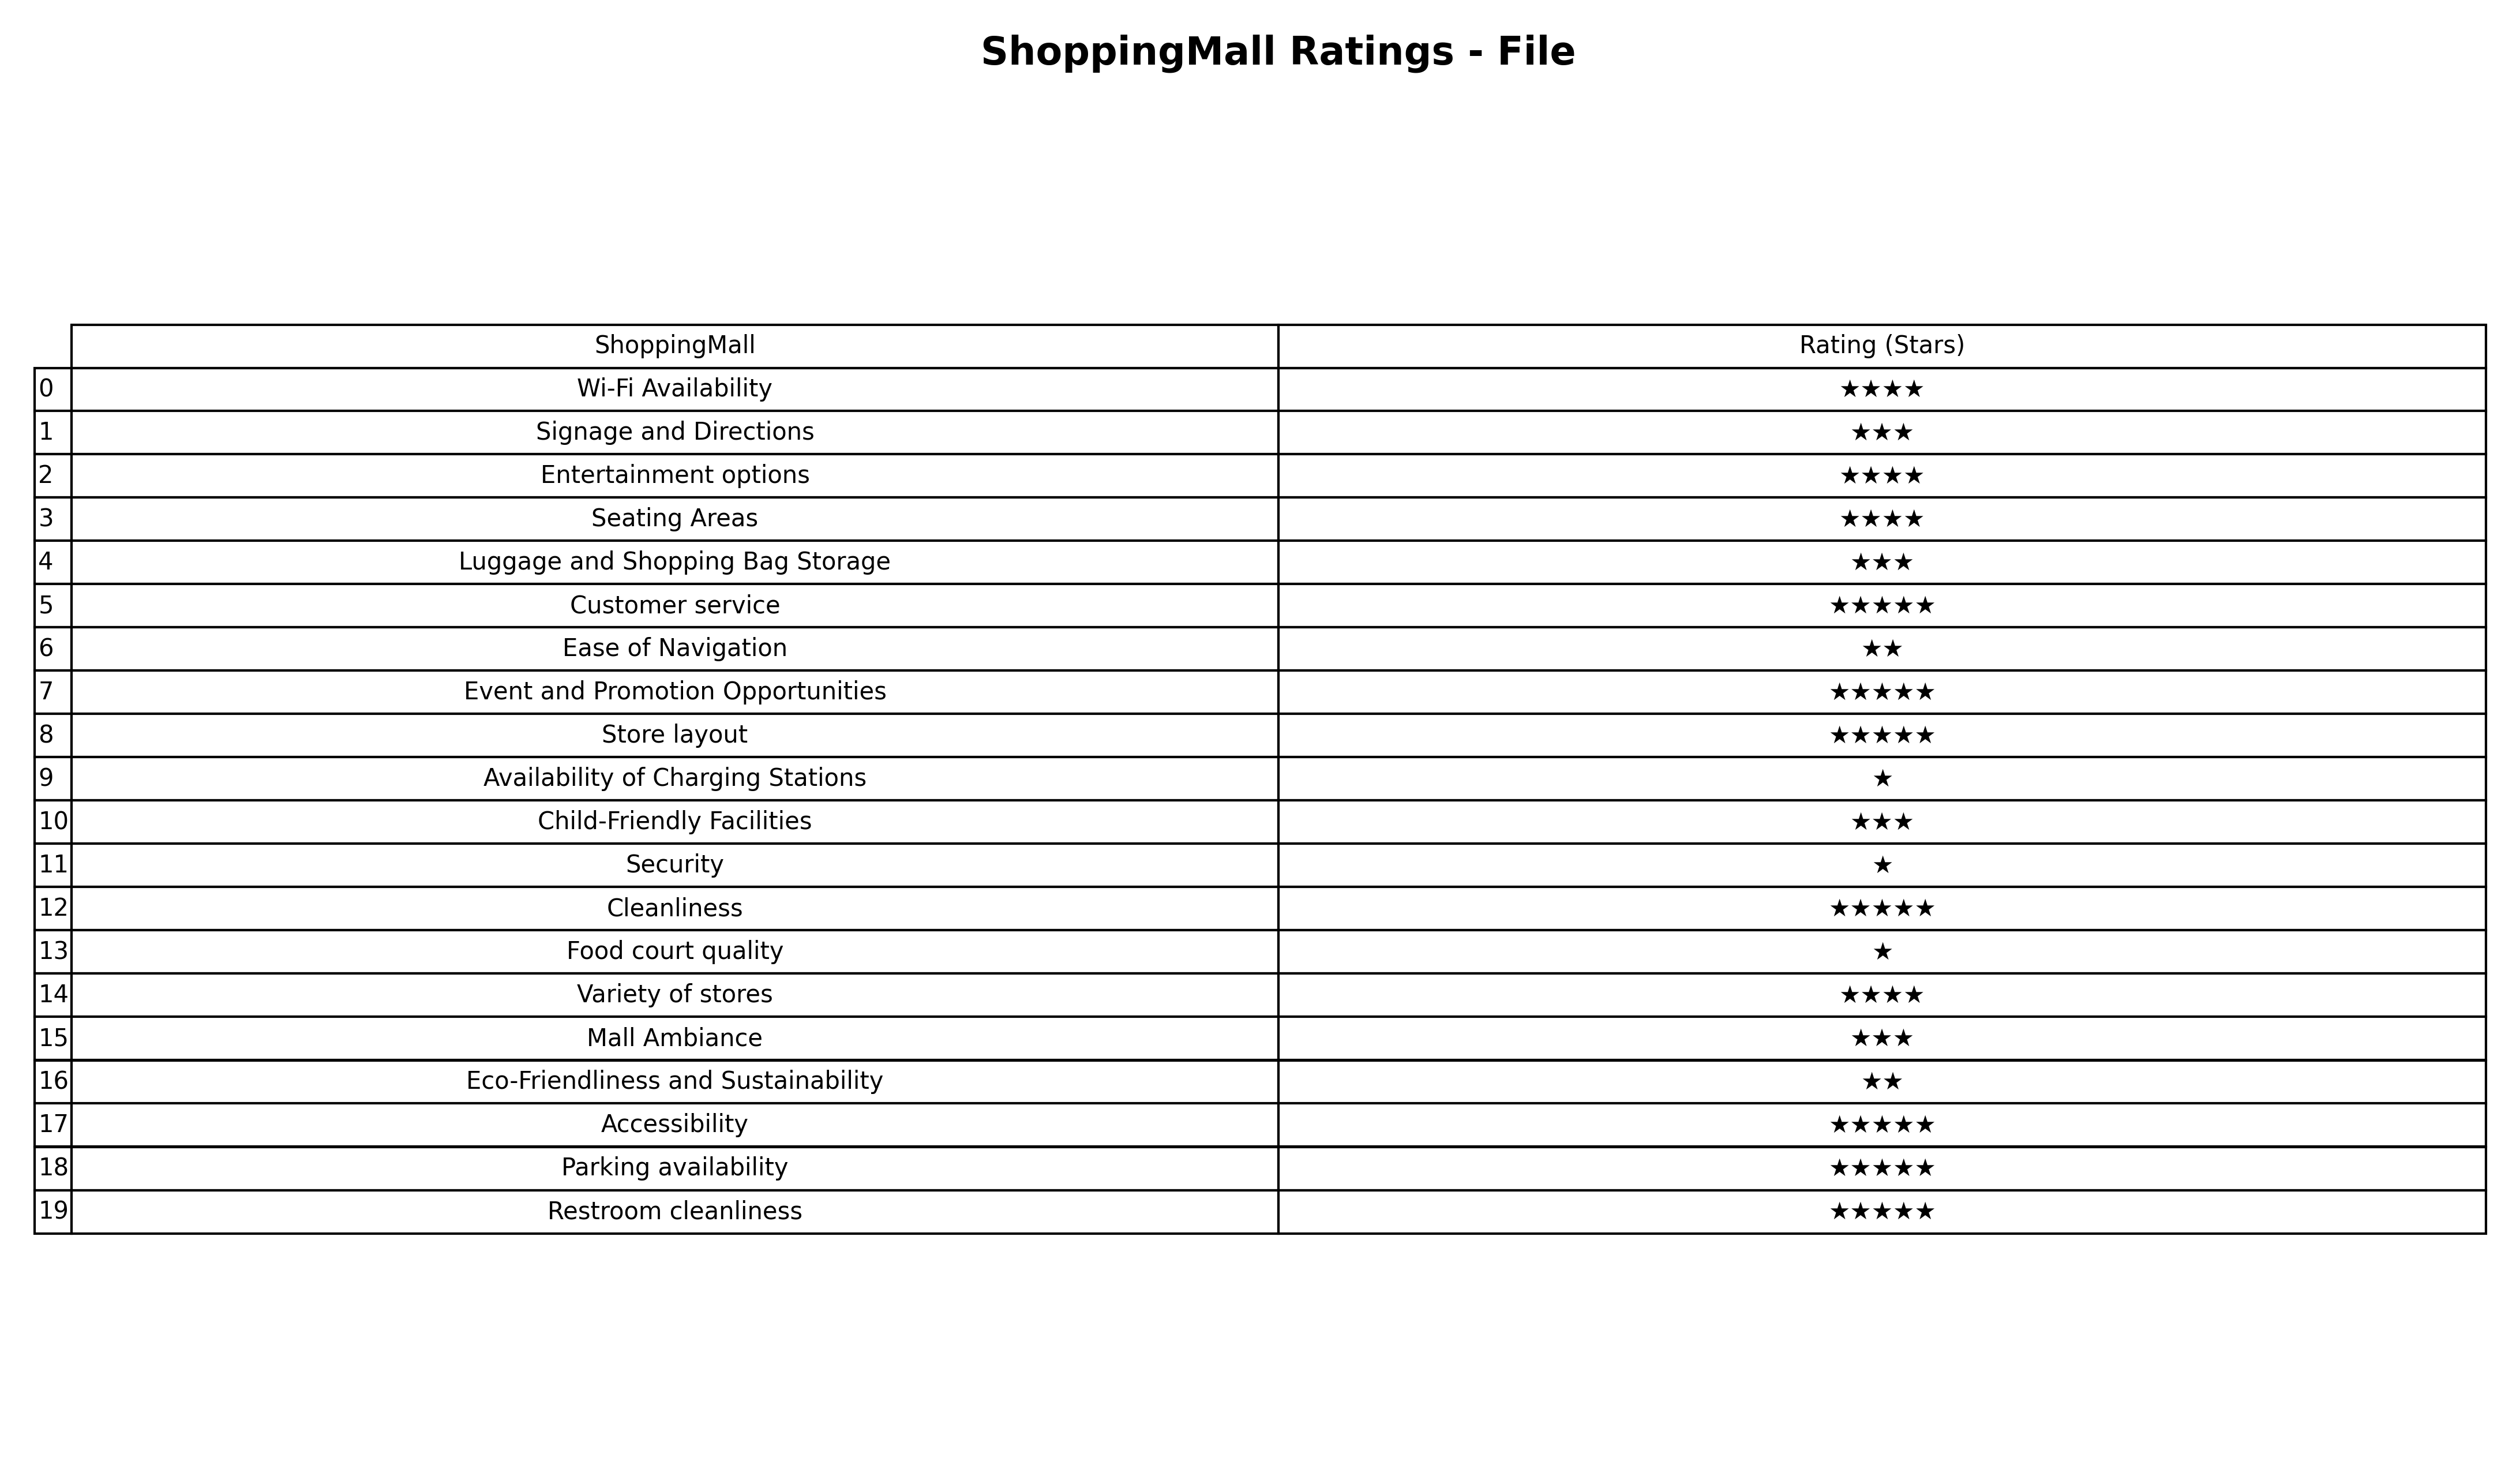
question: What are one star services?
answer: Availability of Charging StationsSecurityFood court quality